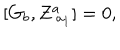
\left[ G _ { b } , Z _ { \; a _ { 1 } } ^ { a } \right] = 0 ,